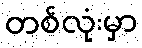
တစ်လုံးမှာ